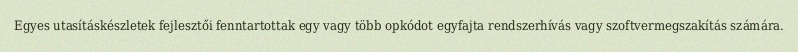
Egyes utasításkészletek fejlesztői fenntartottak egy vagy több opkódot egyfajta rendszerhívás vagy szoftvermegszakítás számára.